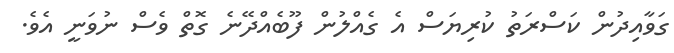
ގަވާއިދުން ކަސްރަތު ކުރިޔަސް އެ ގެއްލުން ފޫބެއްދޭނެ ގޮތް ވެސް ނުވަނީ އެވެ.